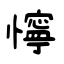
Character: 懧